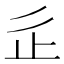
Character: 𣥆